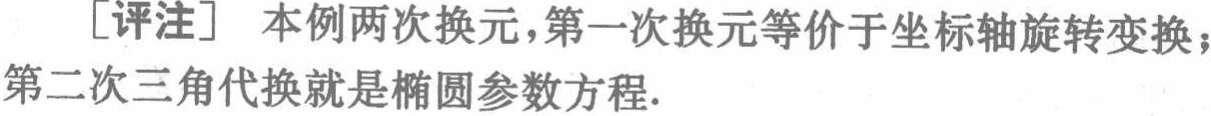
[评注] 本例两次换元，第一次换元等价于坐标轴旋转变换；第二次三角代换就是椭圆参数方程.